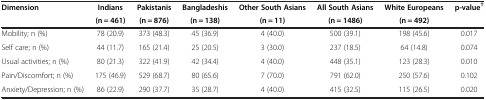
<table><thead><tr><td><b>Dimension</b></td><td><b>Indians</b></td><td><b>Pakistanis</b></td><td><b>Bangladeshis</b></td><td><b>Other South Asians</b></td><td><b>All South Asians</b></td><td><b>White Europeans</b></td><td><b>p-value<sup>†</sup></b></td></tr><tr><td><b> </b></td><td><b>(n = 461)</b></td><td><b>(n = 876)</b></td><td><b>(n = 138)</b></td><td><b>(n = 11)</b></td><td><b>(n = 1486)</b></td><td><b>(n = 492)</b></td><td><b> </b></td></tr></thead><tbody><tr><td>Mobility; n (%)</td><td>78 (20.9)</td><td>373 (48.3)</td><td>45 (36.9)</td><td>4 (40.0)</td><td>500 (39.1)</td><td>198 (45.6)</td><td>0.017</td></tr><tr><td>Self care; n (%)</td><td>44 (11.7)</td><td>165 (21.4)</td><td>25 (20.5)</td><td>3 (30.0)</td><td>237 (18.5)</td><td>64 (14.8)</td><td>0.074</td></tr><tr><td>Usual activities; n (%)</td><td>80 (21.3)</td><td>322 (41.9)</td><td>42 (34.4)</td><td>4 (40.0)</td><td>448 (35.1)</td><td>123 (28.3)</td><td>0.010</td></tr><tr><td>Pain/Discomfort; n (%)</td><td>175 (46.9)</td><td>529 (68.7)</td><td>80 (65.6)</td><td>7 (70.0)</td><td>791 (62.0)</td><td>250 (57.6)</td><td>0.102</td></tr><tr><td>Anxiety/Depression; n (%)</td><td>86 (22.9)</td><td>290 (37.7)</td><td>35 (28.7)</td><td>4 (40.0)</td><td>415 (32.5)</td><td>115 (26.5)</td><td>0.020</td></tr></tbody></table>